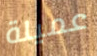
عميلة